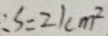
\therefore S = 2 1 c m ^ { 2 }